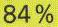
84%